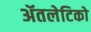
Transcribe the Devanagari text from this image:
ॲतलेटिको